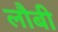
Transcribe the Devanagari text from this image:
लौबी